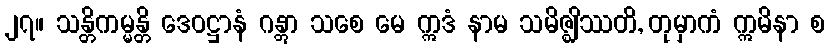
၂၇။ သန္တိကမ္မန္တိ ဒေဝဋ္ဌာနံ ဂန္တွာ သစေ မေ ဣဒံ နာမ သမိဇ္ဈိဿတိ, တုမှာကံ ဣမိနာ စ